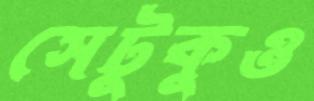
সেটুকুও